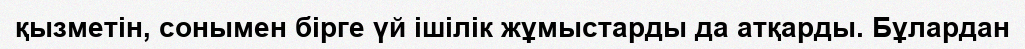
қызметін, сонымен бірге үй ішілік жұмыстарды да атқарды. Бұлардан